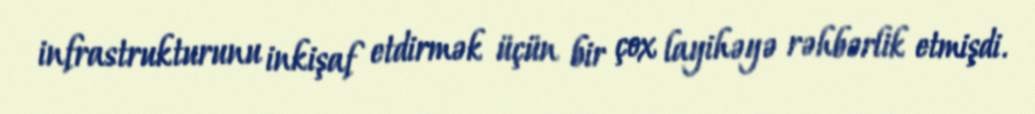
infrastrukturunu inkişaf etdirmək üçün bir çox layihəyə rəhbərlik etmişdi.